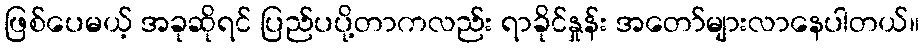
ဖြစ်ပေမယ့် အခုဆိုရင် ပြည်ပပို့တာကလည်း ရာခိုင်နှုန်း အတော်များလာနေပါတယ်။